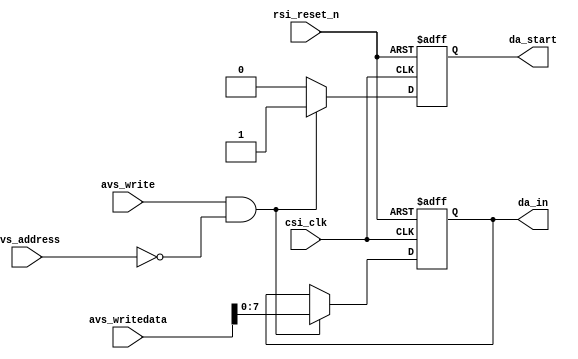
//---------------------------------------------------------------------------
//-- 		:	zircon_avalon_tlc5615_register.v
//-- 		:	TLC5615 DA IP
//-- 	:	2014-1-1
//-- 		:	Zircon Opto-Electronic Technology CO.,Ltd.
//---------------------------------------------------------------------------
module zircon_avalon_tlc5615_register
(
	//
	csi_clk,rsi_reset_n,
	//Avalon-MM
	avs_address,avs_write,avs_writedata,
	//
	da_in,da_start
);
 
input 					csi_clk;			//
input						rsi_reset_n;	//
input						avs_address;	//Avalon
input						avs_write;		//Avalon
input			[31:0]	avs_writedata;	//Avalon

output reg 	[ 7:0]	da_in;			//tlc56158
reg			[ 7:0]	da_in_n;			//da_in
output reg				da_start;		//tlc5615
reg						da_start_n;		//da_start

//,
always @ (posedge csi_clk or negedge rsi_reset_n)
begin
	if(!rsi_reset_n)						//
		da_in <= 8'h00;					//
	else
		da_in <= da_in_n;					//
end
	
//08
always @ (*)
begin
	if((avs_write) && (avs_address == 1'b0))	//
		da_in_n = avs_writedata[7:0];	//,
	else
		da_in_n = da_in;					//
end

//,tlc5615
always @ (posedge csi_clk or negedge rsi_reset_n)
begin
	if(!rsi_reset_n)						//
		da_start <= 1'b0;					//tlc5615
	else
		da_start <= da_start_n;			//tlc5615
end

//tlc5615
always @ (*)
begin
	if((avs_write) && (avs_address == 1'b0))	//
		da_start_n = 1'b1;				//tlc56151
	else
		da_start_n = 1'b0;				//0
end


endmodule